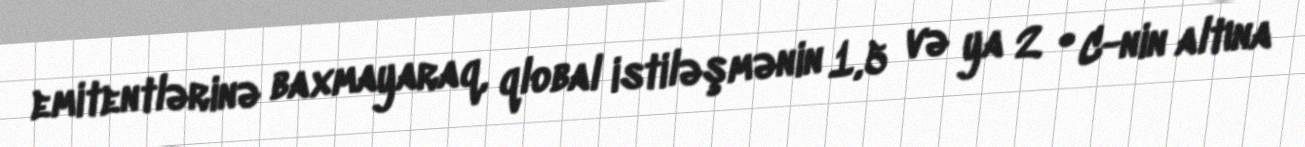
emitentlərinə baxmayaraq, qlobal istiləşmənin 1,5 və ya 2 °C-nin altına